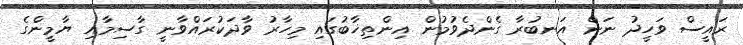
ރައީސް ވަހީދު ނަން އަނބުރާ ގެންދެވުމުން އިންތިޚާބުގައި މިހާރު ވާދަކުރައްވާނީ ގާސިމާއި ޔާމީންގެ